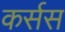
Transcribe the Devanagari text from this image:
कर्सस